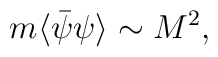
m\langle\bar\psi\psi\rangle\sim M^2,